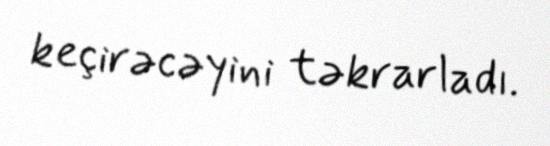
keçirəcəyini təkrarladı.